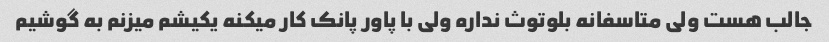
جالب هست ولی متاسفانه بلوتوث نداره ولی با پاور پانک کار میکنه یکیشم میزنم به گوشیم